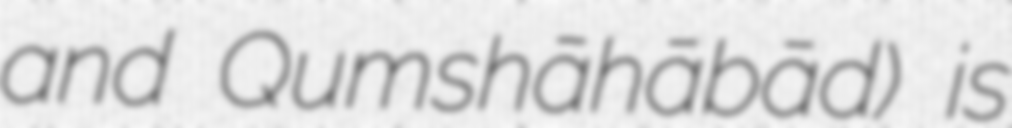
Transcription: and Qumshāhābād) is